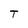
Character: T